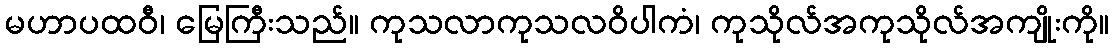
မဟာပထဝီ၊ မြေကြီးသည်။ ကုသလာကုသလဝိပါကံ၊ ကုသိုလ်အကုသိုလ်အကျိုးကို။